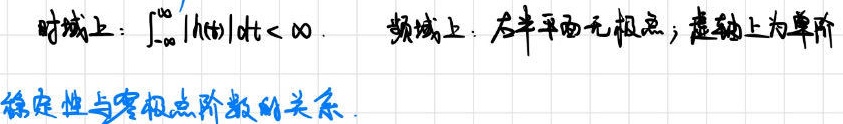
时域上：$\int_{-\infty}^{+\infty}|h(t)|dt < \infty$. 频域上：右半平面无极点；虚轴上为单阶

稳定性与零极点阶数的关系.